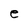
Character: e